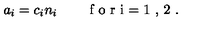
a _ { i } = c _ { i } n _ { i } \qquad \textrm { f o r i = 1 , 2 } .